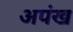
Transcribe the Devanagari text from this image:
अपंख